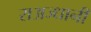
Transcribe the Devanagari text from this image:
राअज्धानी